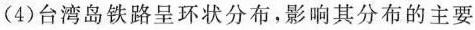
(4)台湾岛铁路呈环状分布，影响其分布的主要